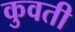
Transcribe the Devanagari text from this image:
कुवती